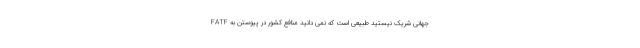
جهانی شریک نیستید طبیعی است که نمی دانید منافع کشور در پیوستن به FATF